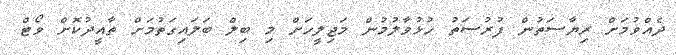
ދެއްވުމަށް ރިޔާސަތުން ފުރުސަތު ހުޅުވާލުމުން މަޖިލީހަށް މި ބިލް ބަލައިގަތުމަށް ތާއީދުކޮށް ވޯޓް